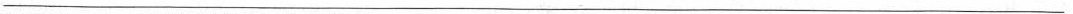
___________________________________________________________